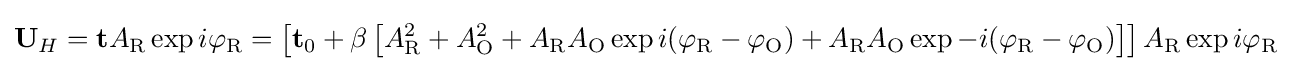
\mathbf {U} _{H}=\mathbf {t} A_{\text{R}}\exp {i\varphi _{\text{R}}}=\left[\mathbf {t} _{0}+\beta \left[A_{\text{R}}^{2}+A_{\text{O}}^{2}+A_{\text{R}}A_{\text{O}}\exp {i(\varphi _{\text{R}}-\varphi _{\text{O}})}+A_{\text{R}}A_{\text{O}}\exp {-i(\varphi _{\text{R}}-\varphi _{\text{O}})}\right]\right]A_{\text{R}}\exp {i\varphi _{\text{R}}}